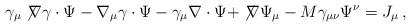
\begin{align*} \gamma_\mu \not\! \nabla \gamma\cdot \Psi - \nabla_\mu \gamma\cdot \Psi - \gamma_\mu \nabla \cdot \Psi + \not\! \nabla \Psi_\mu - M \gamma_{\mu\nu} \Psi^\nu = J_\mu\,,\end{align*}